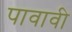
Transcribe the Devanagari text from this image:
पावावी